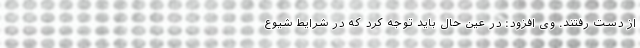
از دست رفتند. وی افزود: در عین حال باید توجه کرد که در شرایط شیوع